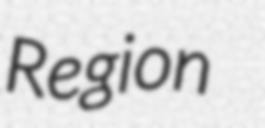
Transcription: Region